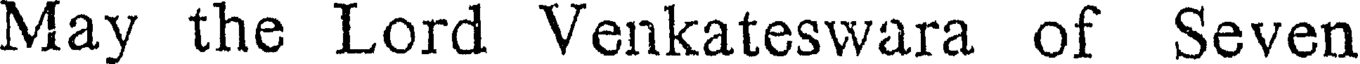
May the Lord Venkateswara of Seven